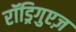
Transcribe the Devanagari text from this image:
रॉड्रिगुएज़